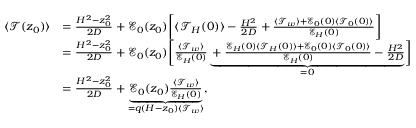
\begin{array} { r l } { \langle \mathcal { T } ( z _ { 0 } ) \rangle } & { = \frac { H ^ { 2 } - z _ { 0 } ^ { 2 } } { 2 D } + \mathcal { E } _ { 0 } ( z _ { 0 } ) \biggl [ \langle \mathcal { T } _ { H } ( 0 ) \rangle - \frac { H ^ { 2 } } { 2 D } + \frac { \langle \mathcal { T } _ { w } \rangle + \mathcal { E } _ { 0 } ( 0 ) \langle \mathcal { T } _ { 0 } ( 0 ) \rangle } { \mathcal { E } _ { H } ( 0 ) } \biggr ] } \\ & { = \frac { H ^ { 2 } - z _ { 0 } ^ { 2 } } { 2 D } + \mathcal { E } _ { 0 } ( z _ { 0 } ) \biggl [ \frac { \langle \mathcal { T } _ { w } \rangle } { \mathcal { E } _ { H } ( 0 ) } \underbrace { + \frac { \mathcal { E } _ { H } ( 0 ) \langle \mathcal { T } _ { H } ( 0 ) \rangle + \mathcal { E } _ { 0 } ( 0 ) \langle \mathcal { T } _ { 0 } ( 0 ) \rangle } { \mathcal { E } _ { H } ( 0 ) } - \frac { H ^ { 2 } } { 2 D } } _ { = 0 } \biggr ] } \\ & { = \frac { H ^ { 2 } - z _ { 0 } ^ { 2 } } { 2 D } + \underbrace { \mathcal { E } _ { 0 } ( z _ { 0 } ) \frac { \langle \mathcal { T } _ { w } \rangle } { \mathcal { E } _ { H } ( 0 ) } } _ { = q ( H - z _ { 0 } ) \langle \mathcal { T } _ { w } \rangle } , } \end{array}